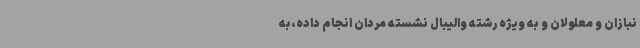
نبازان و معلولان و به ویژه رشته والیبال نشسته مردان انجام داده،به